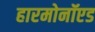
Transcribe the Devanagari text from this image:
हारमोनॉएड